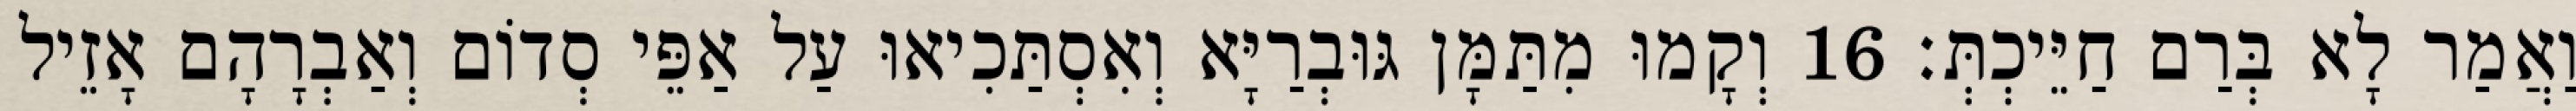
וַאֲמַר לָא בְּרַם חַיֵּיכְתְּ׃ 16 וְקָמוּ מִתַּמָּן גּוּבְרַיָּא וְאִסְתַּכִיאוּ עַל אַפֵּי סְדוֹם וְאַבְרָהָם אָזֵיל